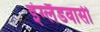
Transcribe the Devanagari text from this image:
इंग्लैंडवासी